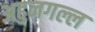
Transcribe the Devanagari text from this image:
अहुनगल्ल